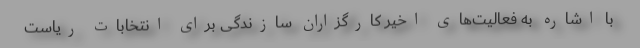
با اشاره به فعالیت‌های اخیر کارگزاران سازندگی برای انتخابات ریاست